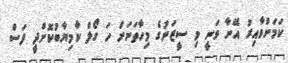
ކަމަށްވާއިރު އޭނާ ވަނީ މި ސީޒަނުގެ މިހާތަނަށް ހަ ގޯލް ކާމިޔާބުކޮށްދީ ފަސް